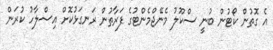
އެ ގޮތުން ކޯޓުން ބުނީ ސްކޫލު މެނޭޖްމެންޓުގެ ފަރާތުން ރަނގަޅުކޮށް އިސްލާހު ކުރަން